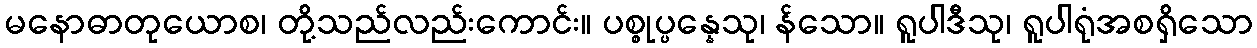
မနောဓာတုယောစ၊ တို့သည်လည်းကောင်း။ ပစ္စုပ္ပန္နေသု၊ န်သော။ ရူပါဒီသု၊ ရူပါရုံအစရှိသော